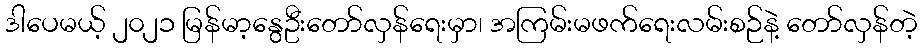
ဒါပေမယ့် ၂၀၂၁ မြန်မာ့နွေဦးတော်လှန်ရေးမှာ၊ အကြမ်းမဖက်ရေးလမ်းစဉ်နဲ့ တော်လှန်တဲ့